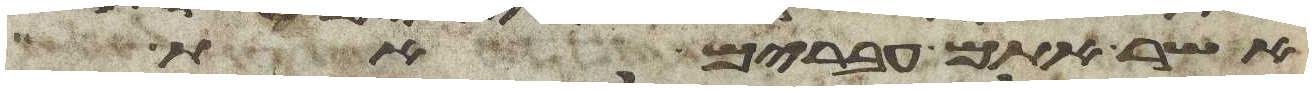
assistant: אשר אתם עברים את